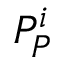
P _ { P } ^ { i }